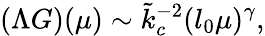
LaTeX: (\Lambda G)(\mu)\sim\tilde{k}_{c}^{-2}(l_{0}\mu)^{\gamma},